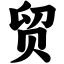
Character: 贸